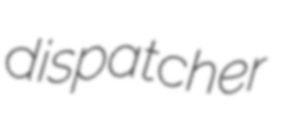
dispatcher